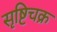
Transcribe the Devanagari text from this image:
सृष्टिचक्र